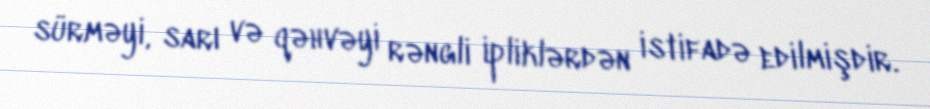
sürməyi, sarı və qəhvəyi rəngli ipliklərdən istifadə edilmişdir.